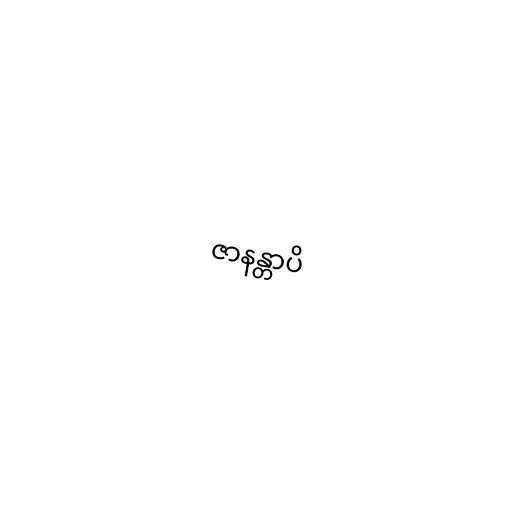
ဇာနန္တာပိ